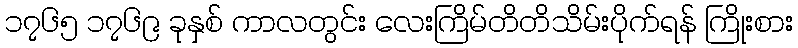
၁၇၆၅ ၁၇၆၉ ခုနှစ် ကာလတွင်း လေးကြိမ်တိတိသိမ်းပိုက်ရန် ကြိုးစား